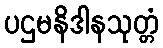
ပဌမနိဒါနသုတ္တံ